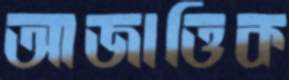
আজাত্তিক